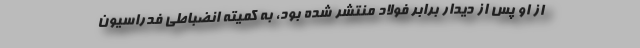
از او پس از دیدار برابر فولاد منتشر شده بود، به کمیته انضباطی فدراسیون